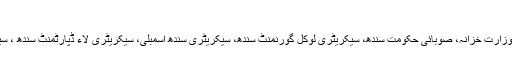
وفاق اور سندھ حکومت کو فریق بنایا گیا
خیال رہے کہ اس درخواست میں ایم کیو ایم (پاکستان) نے وفاق پاکستان، وفاقی وزارت خزانہ، صوبائی حکومت سندھ، سیکریٹری لوکل گورنمنٹ سندھ، سیکریٹری سندھ اسمبلی، سیکریٹری لاء ڈپارٹمنٹ سندھ ، سیکریٹری مالیات سندھ اور پاکستان پیپلز پارٹی پارلیمیٹیرن کو فریق بنایا گیا ہے۔